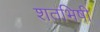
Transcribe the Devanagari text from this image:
शतभिषी